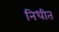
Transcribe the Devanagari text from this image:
निधीत